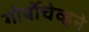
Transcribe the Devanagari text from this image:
गोर्बोचेव्हने